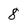
Character: 8